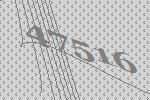
47516